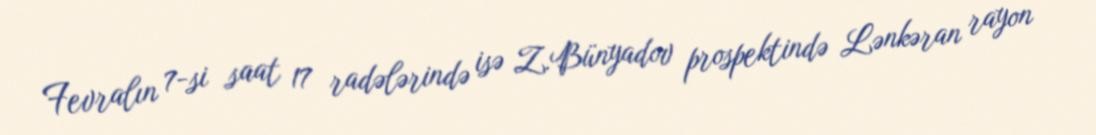
Fevralın 7-si saat 17 radələrində isə Z.Bünyadov prospektində Lənkəran rayon